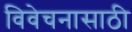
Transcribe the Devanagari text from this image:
विवेचनासाठी